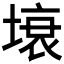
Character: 𭏗